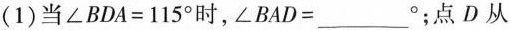
(1)当$$\angle BDA=115^{\circ}$$时，$$\angle BAD=___^{\circ}$$；点D从